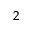
_ 2